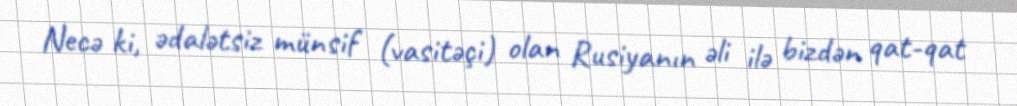
Necə ki, ədalətsiz münsif (vasitəçi) olan Rusiyanın əli ilə bizdən qat-qat